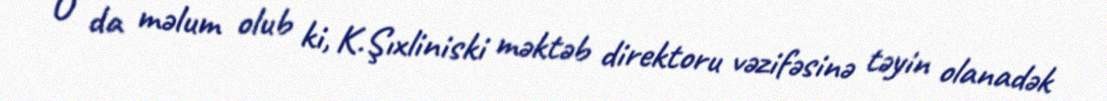
O da məlum olub ki, K.Şıxliniski məktəb direktoru vəzifəsinə təyin olanadək